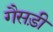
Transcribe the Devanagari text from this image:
गैसड़ी